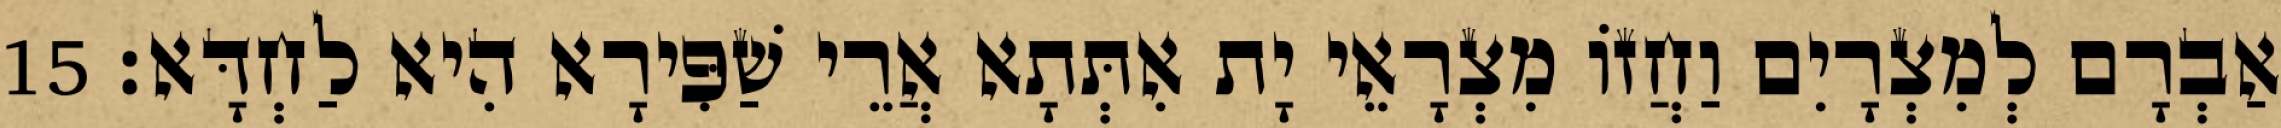
אַבְרָם לְמִצְרָיִם וַחֲזוֹ מִצְרָאֵי יָת אִתְּתָא אֲרֵי שַׁפִּירָא הִיא לַחְדָּא׃ 15